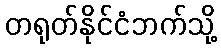
တရုတ်နိုင်ငံဘက်သို့